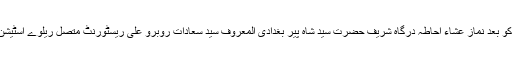
ستمبر : ( راست ) : العمودی ایجوکیشنل ویلفیر سوسائٹی کے زیر اہتمام 26 ستمبر کو بعد نماز عشاء احاطہ درگاہ شریف حضرت سید شاہ پیر بغدادیؒ المعروف سید سعادات روبرو علی ریسٹورنٹ متصل ریلوے اسٹیشن روڈ مدینہ نگر یاقوت پورہ ہفتہ واری اجتماع و محفل نعت شہہ کونین ؐ مقرر ہے ۔